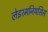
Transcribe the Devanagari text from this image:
लेइश्मनियसिस